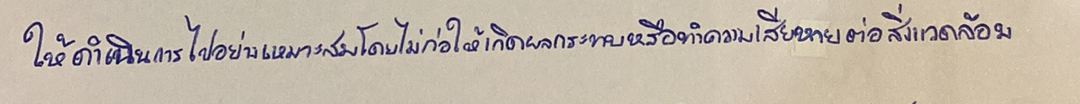
ให้ดำเนินการไปอย่างเหมาะสมโดยไม่ก่อให้เกิดผลกระทบหรือทำความเสียหายต่อสิ่งแวดล้อม